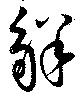
解